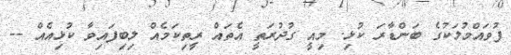
ފުވައްމުލަކުގެ ބަންޑާރަ ކުޅި. މިއީ ގުދުރަތީ އެތައް ރީތިކަމެއް ލިބިފައިވާ ކުޅިއެއް --